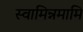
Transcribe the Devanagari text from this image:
स्वामिन्नमामि